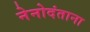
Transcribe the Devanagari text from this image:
नेनोदंताना